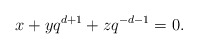
\begin{align*}x+yq^{d+1}+zq^{-d-1}=0.\end{align*}